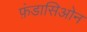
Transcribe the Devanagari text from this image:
फ़ंडासिओन